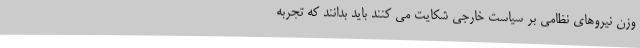
وزن نیروهای نظامی بر سیاست خارجی شکایت می کنند باید بدانند که تجربه